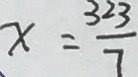
x = \frac { 3 2 3 } { 7 }